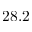
2 8 . 2